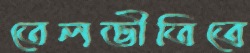
তেলভীতিতে